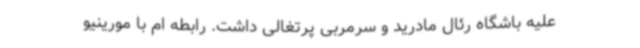
علیه باشگاه رئال مادرید و سرمربی پرتغالی داشت. رابطه ام با مورینیو